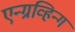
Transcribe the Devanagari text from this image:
एन्ग्रव्हिन्ग